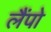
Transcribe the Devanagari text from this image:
लैंपो